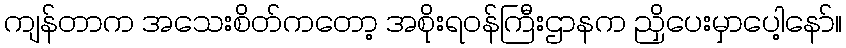
ကျန်တာက အသေးစိတ်ကတော့ အစိုးရဝန်ကြီးဌာနက ညှိပေးမှာပေါ့နော်။